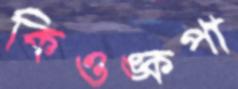
কিওঙ্কপা